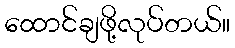
ထောင်ချဖို့လုပ်တယ်။